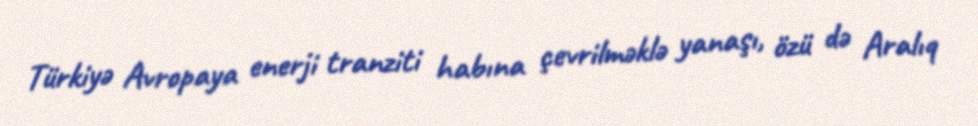
Türkiyə Avropaya enerji tranziti habına çevrilməklə yanaşı, özü də Aralıq